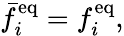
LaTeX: \bar{f}_{i}^{\mathrm{eq}}=f_{i}^{\mathrm{eq}},